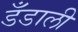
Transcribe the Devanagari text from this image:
डँडाली